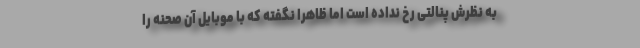
به نظرش پنالتی رخ نداده است اما ظاهرا نگفته که با موبایل آن صحنه را